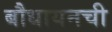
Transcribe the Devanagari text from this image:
बौधायनची